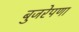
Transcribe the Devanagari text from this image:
बुजरेपणा